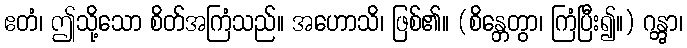
ဧတံ၊ ဤသို့သော စိတ်အကြံသည်။ အဟောသိ၊ ဖြစ်၏။ (စိန္တေတွာ၊ ကြံပြီး၍။) ဂန္တွာ၊